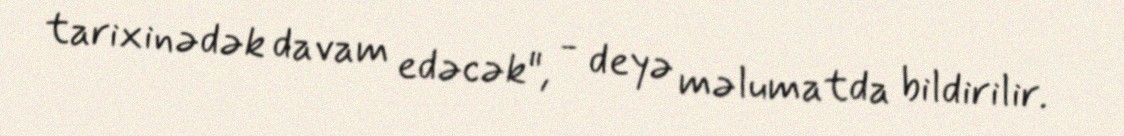
tarixinədək davam edəcək", - deyə məlumatda bildirilir.